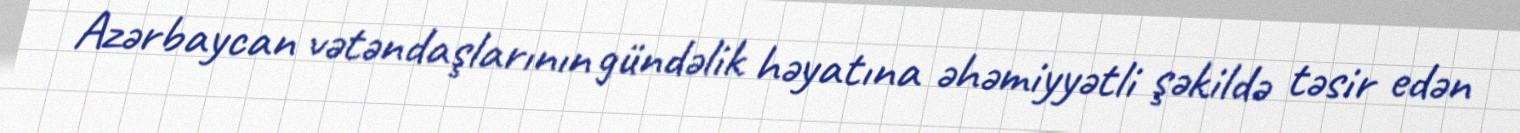
Azərbaycan vətəndaşlarının gündəlik həyatına əhəmiyyətli şəkildə təsir edən